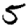
Digit: 5